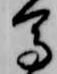
馬